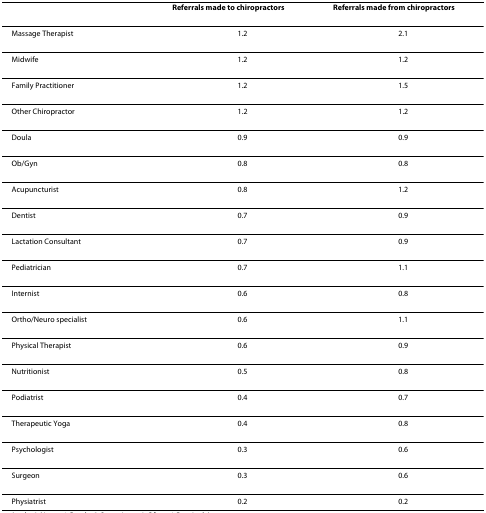
|  | Referrals made to chiropractors | Referrals made from chiropractors |
 | --- | --- | --- |
 | Massage Therapist | 1.2 | 2.1 |
 | Midwife | 1.2 | 1.2 |
 | Family Practitioner | 1.2 | 1.5 |
 | Other Chiropractor | 1.2 | 1.2 |
 | Doula | 0.9 | 0.9 |
 | Ob/Gyn | 0.8 | 0.8 |
 | Acupuncturist | 0.8 | 1.2 |
 | Dentist | 0.7 | 0.9 |
 | Lactation Consultant | 0.7 | 0.9 |
 | Pediatrician | 0.7 | 1.1 |
 | Internist | 0.6 | 0.8 |
 | Ortho/Neuro specialist | 0.6 | 1.1 |
 | Physical Therapist | 0.6 | 0.9 |
 | Nutritionist | 0.5 | 0.8 |
 | Podiatrist | 0.4 | 0.7 |
 | Therapeutic Yoga | 0.4 | 0.8 |
 | Psychologist | 0.3 | 0.6 |
 | Surgeon | 0.3 | 0.6 |
 | Physiatrist | 0.2 | 0.2 |